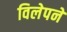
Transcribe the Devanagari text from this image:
विलेपने